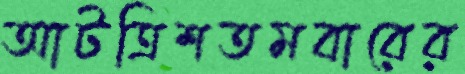
আটত্রিশতমবারের